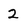
Character: 2